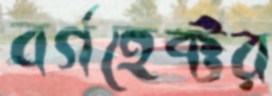
বর্গহেক্টর